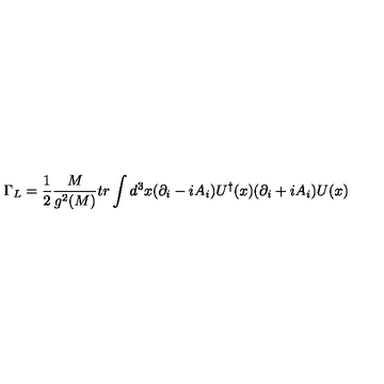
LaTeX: \Gamma _ { L } = { \frac { 1 } { 2 } } { \frac { M } { g ^ { 2 } ( M ) } } t r \int d ^ { 3 } x ( \partial _ { i } - i A _ { i } ) U ^ { \dagger } ( x ) ( \partial _ { i } + i A _ { i } ) U ( x )